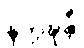
နိက္ကဍ္ဎန္တီ